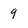
Character: 9